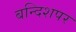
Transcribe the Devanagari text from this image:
बन्दिशपर